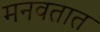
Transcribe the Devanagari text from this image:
मनवतात